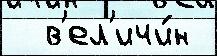
  в'ел'ичи́н